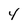
Character: 4